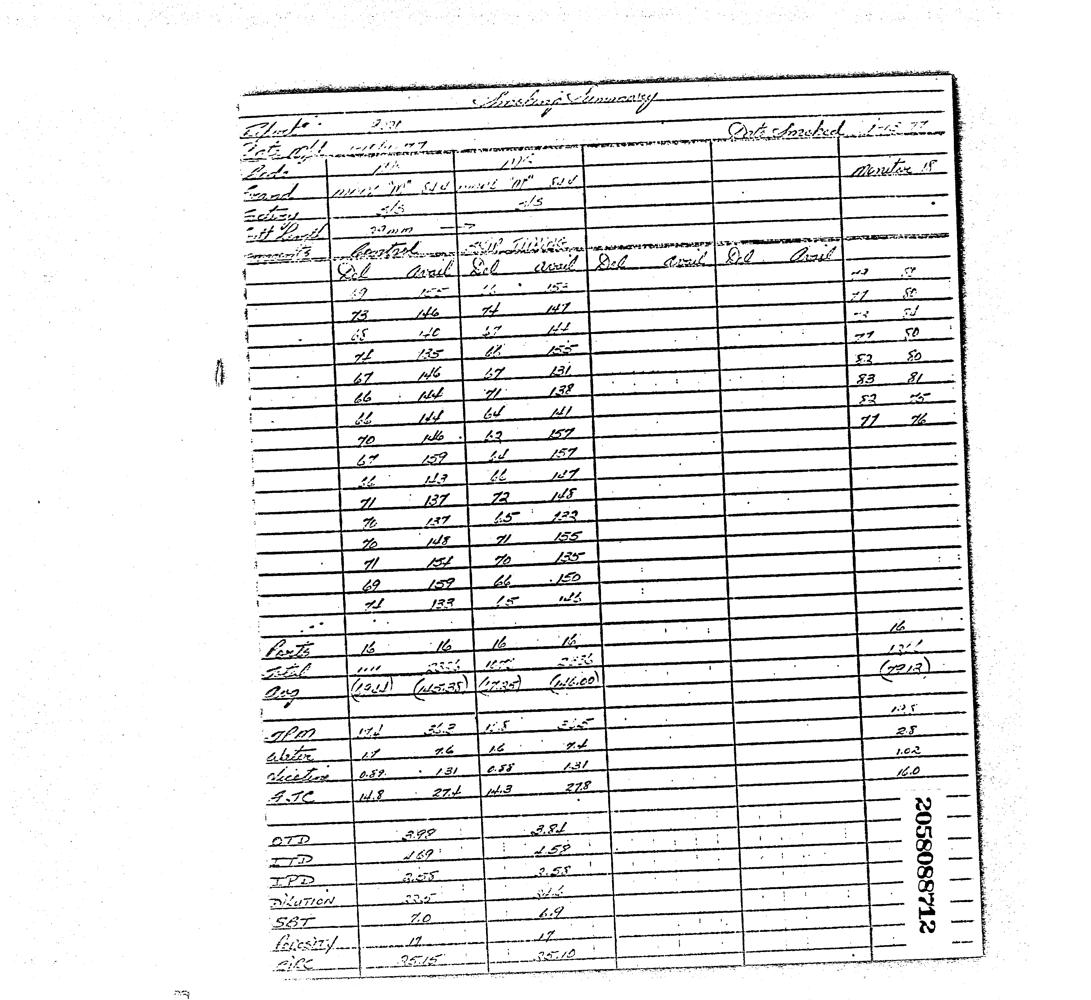
~ a c Leos Lieb Lan rites.
 Po Ce Clk.
 . EL ff” Aor
 2 ; >
 Pet LL, ht amir
 : fy
 te yl Of ef
 267 3 9
 Bk.